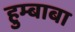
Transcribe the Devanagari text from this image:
हुम्बाबा